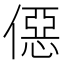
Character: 僫